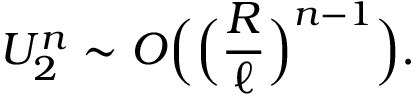
U _ { 2 } ^ { n } \sim O \Big ( \Big ( \frac { R } { \ell } \Big ) ^ { n - 1 } \Big ) .